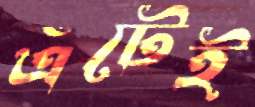
এঁটেই